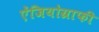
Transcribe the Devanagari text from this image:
ऐंजियोग्राफी